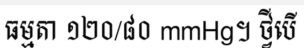
ធម្មតា ១២០/៨០ mmHg។ ថ្វីបើ